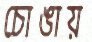
চোঙায়